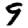
Digit: 9